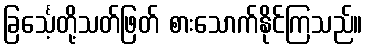
ခြင်္သေ့တို့သတ်ဖြတ် စားသောက်နိုင်ကြသည်။